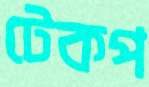
টেকপ